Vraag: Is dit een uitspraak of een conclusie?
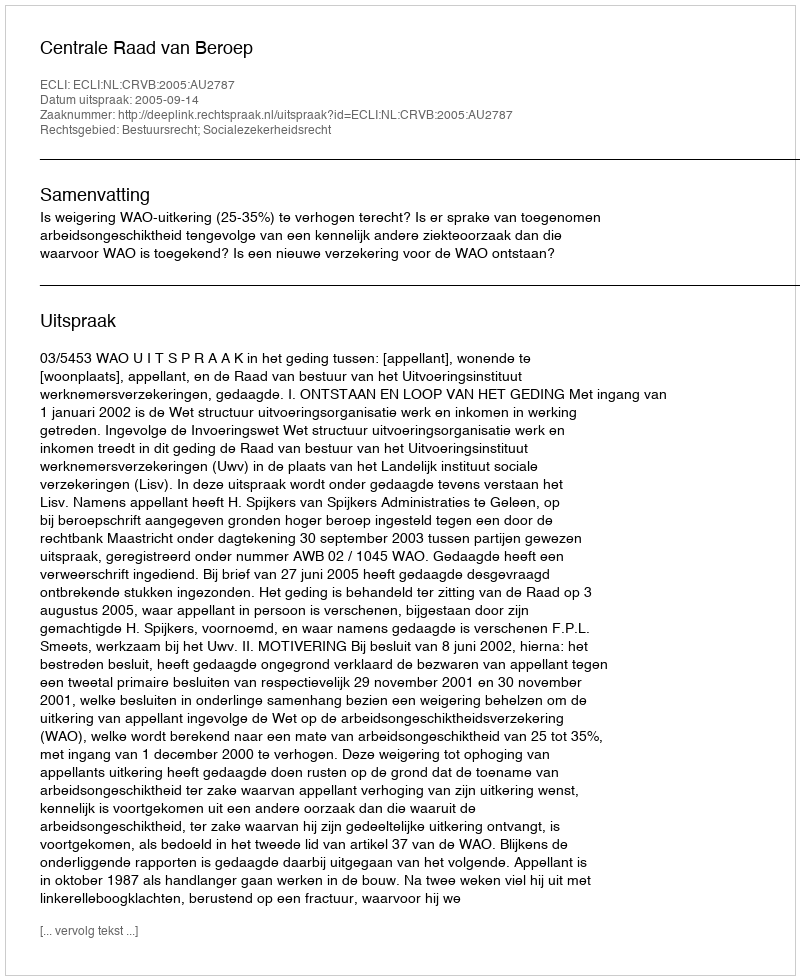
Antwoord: Uitspraak